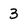
Character: 3